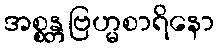
အစ္စန္တဗြဟ္မစာရိနော